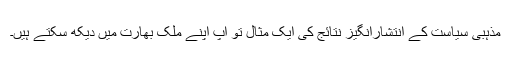
مذہبی سیاست کے انتشارانگیز نتائج کی ایک مثال تو آپ اپنے ملک بھارت میں دیکھ سکتے ہیں۔